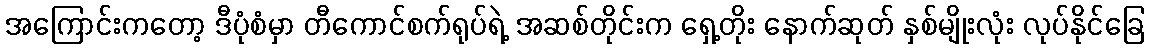
အကြောင်းကတော့ ဒီပုံစံမှာ တီကောင်စက်ရုပ်ရဲ့ အဆစ်တိုင်းက ရှေ့တိုး နောက်ဆုတ် နှစ်မျိုးလုံး လုပ်နိုင်ခြေ